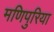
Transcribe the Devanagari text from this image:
मणिपुरिया